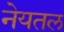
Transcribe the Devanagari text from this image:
नेयतल